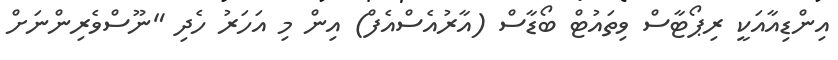
އިންޑިއާއަކީ ރިޕޯޓާސް ވިތައުޓް ބޯޑާސް (އާރުއެސްއެފް) އިން މި އަހަރު ހެދި "ނޫސްވެރިންނަށް